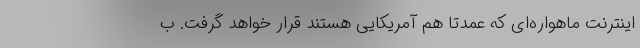
اینترنت ماهواره‌ای که عمدتاً هم آمریکایی هستند قرار خواهد گرفت. ب